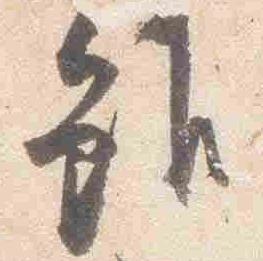
雖